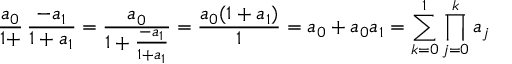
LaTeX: { \frac { a _ { 0 } } { 1 + } } \, { \frac { - a _ { 1 } } { 1 + a _ { 1 } } } = { \frac { a _ { 0 } } { 1 + { \frac { - a _ { 1 } } { 1 + a _ { 1 } } } } } = { \frac { a _ { 0 } ( 1 + a _ { 1 } ) } { 1 } } = a _ { 0 } + a _ { 0 } a _ { 1 } = \sum _ { k = 0 } ^ { 1 } \prod _ { j = 0 } ^ { k } a _ { j }